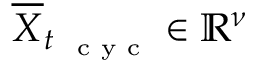
\overline { { \boldsymbol X } } _ { t _ { \mathrm { ~ \scriptsize ~ c ~ y ~ c ~ } } } \in \mathbb { R } ^ { \boldsymbol \nu }